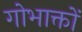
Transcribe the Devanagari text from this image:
गोभाक्तों